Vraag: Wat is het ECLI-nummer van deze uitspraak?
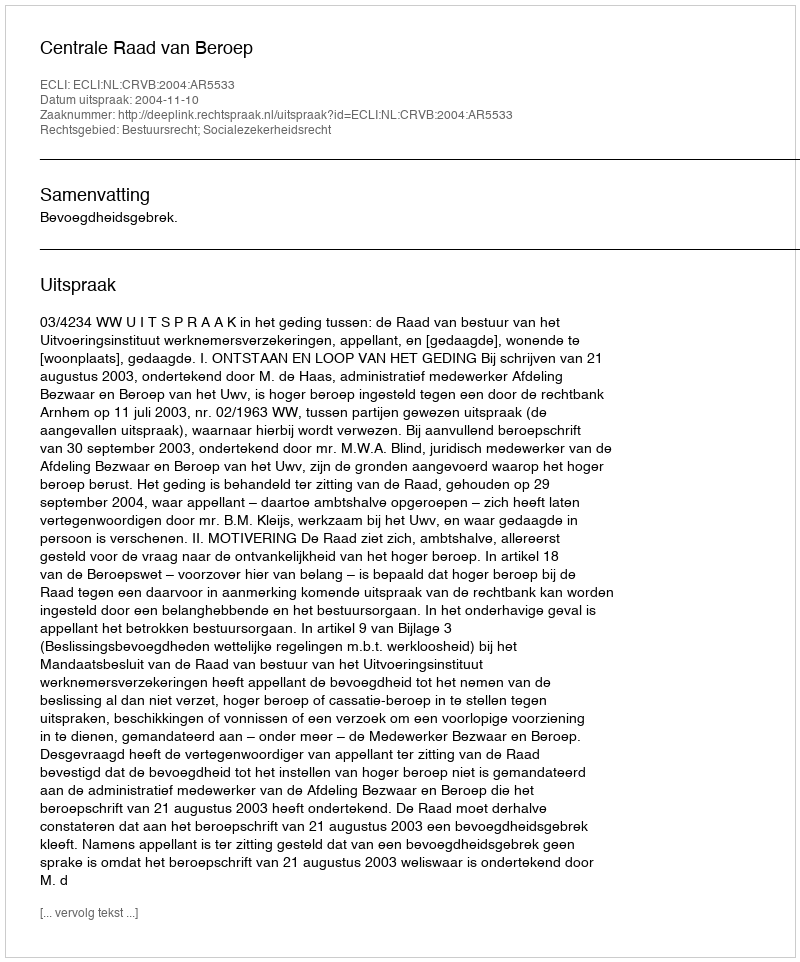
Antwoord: ECLI:NL:CRVB:2004:AR5533